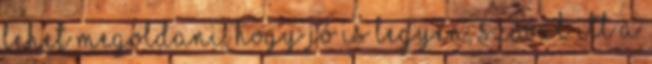
lehet megoldani, hogy jó is legyen, szóval itt a